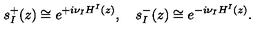
s _ { I } ^ { + } ( z ) \cong e ^ { + i \nu _ { I } H ^ { I } ( z ) } , \quad s _ { I } ^ { - } ( z ) \cong e ^ { - i \nu _ { I } H ^ { I } ( z ) } .